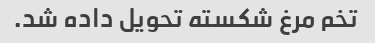
تخم مرغ شکسته تحویل داده شد.